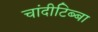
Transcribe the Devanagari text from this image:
चांदीटिब्बा